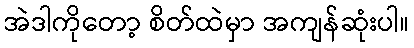
အဲဒါကိုတော့ စိတ်ထဲမှာ အကျန်ဆုံးပါ။